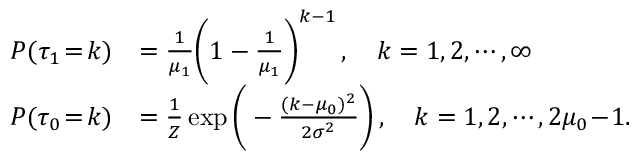
\begin{array} { r l } { P ( \tau _ { 1 } \! = \! k ) } & { = \frac { 1 } { \mu _ { 1 } } \bigg ( 1 - \frac { 1 } { \mu _ { 1 } } \bigg ) ^ { k - 1 } \, , \quad k = 1 , 2 , \cdots , \infty } \\ { P ( \tau _ { 0 } \! = \! k ) } & { = \frac { 1 } { Z } \exp \bigg ( - \frac { ( k - \mu _ { 0 } ) ^ { 2 } } { 2 \sigma ^ { 2 } } \bigg ) \, , \quad k = 1 , 2 , \cdots , 2 \mu _ { 0 } \! - \! 1 . } \end{array}